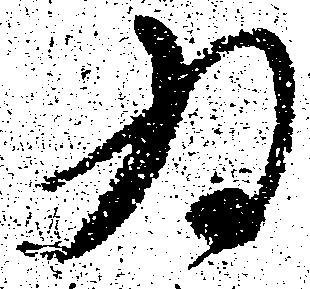
為